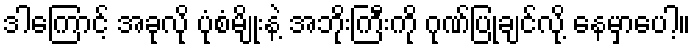
ဒါကြောင့် အခုလို ပုံစံမျိုးနဲ့ အဘိုးကြီးကို ဂုဏ်ပြုချင်လို့ နေမှာပေါ့။